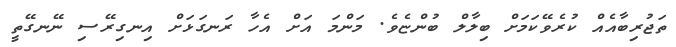
ތަޖުރިބާއެއް ކުރެވޭކަމަށް ބިލާލް ބުންޏެވެ. މަންމަ އަށް އެހާ ރަނގަޅަށް އިނގިރޭސި ނޭނގޭތީ